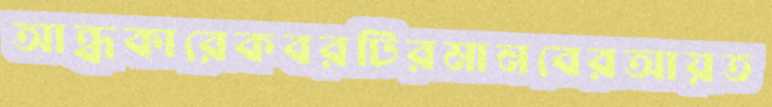
আন্ধকারেকবরটিরমানবেরআয়ত